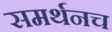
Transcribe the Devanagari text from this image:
समर्थनच